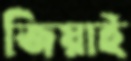
জিয়াই